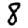
Digit: 8